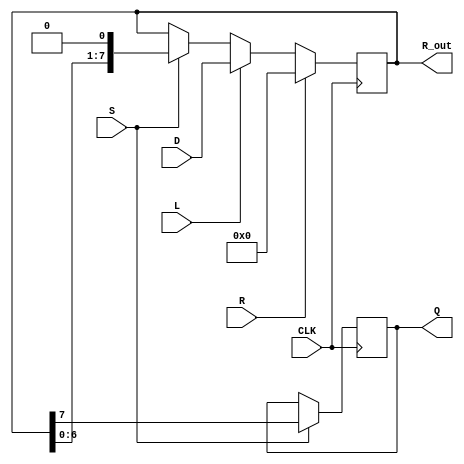
module PISO_Register #(
    parameter WIDTH = 8  // Parameter to set the width of the register
)(
    input wire [WIDTH-1:0] D,     // Data input
    input wire L,                  // Load control signal
    input wire S,                  // Shift control signal
    input wire CLK,                // Clock signal
    input wire R,                  // Asynchronous reset signal
    output reg Q,                  // Serial output
    output reg [WIDTH-1:0] R_out   // Full register output
);

    reg [WIDTH-1:0] register;      // Internal storage for the register
    wire [WIDTH-1:0] next_register; // Next state of the register

    // Asynchronous reset
    always @(*) begin
        if (R) begin
            next_register = {WIDTH{1'b0}}; // Clear the register
        end else if (L) begin
            next_register = D;             // Load data
        end else if (S) begin
            next_register = {register[WIDTH-2:0], 1'b0}; // Shift the register right
        end else begin
            next_register = register;      // Keep the current value
        end
    end

    // Update the internal register on the clock edge
    always @(posedge CLK) begin
        register <= next_register;
        if (S) begin
            Q <= register[WIDTH-1]; // Shift out the MSB
        end
    end

    // Output current state of the register for monitoring
    always @(*) begin
        R_out = register;
    end
    
endmodule